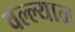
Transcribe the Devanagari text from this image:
वल्ल्याळ